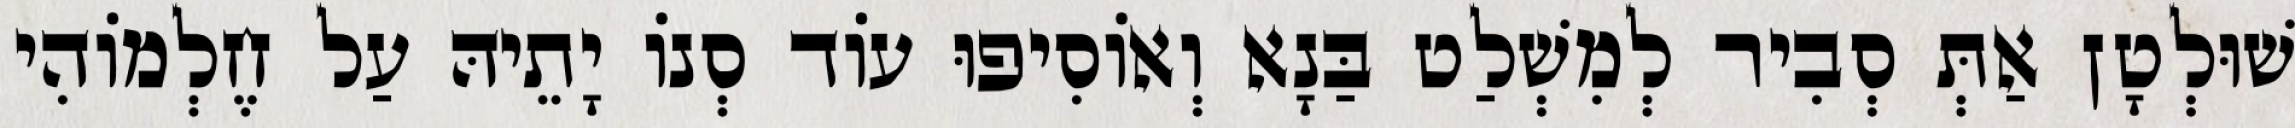
שׁוּלְטָן אַתְּ סְבִיר לְמִשְׁלַט בַּנָא וְאוֹסִיפוּ עוֹד סְנוֹ יָתֵיהּ עַל חֶלְמוֹהִי